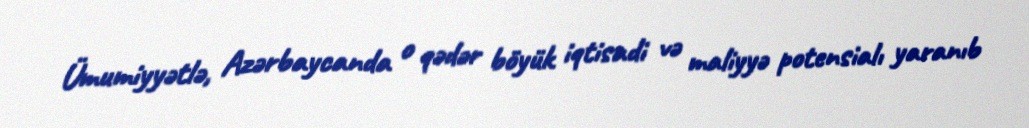
Ümumiyyətlə, Azərbaycanda o qədər böyük iqtisadi və maliyyə potensialı yaranıb